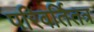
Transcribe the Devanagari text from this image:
परिवर्तितत्र